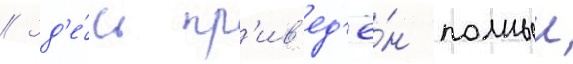
// Зд'е́сь пр'ив'ед'ё́н полныи